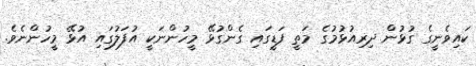
ކައިވެނީގެ ގުޅުން ދިރިއުޅުމުގެ މަތީ ފަޑީގައި ގެންގުޅޭ މީހުންނަކީ އުފަލުގައި އުޅޭ މީހުންނެވެ.